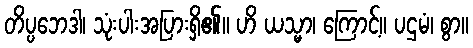
တိပ္ပဘေဒါ၊ သုံးပါးအပြားရှိ၏။ ဟိ ယသ္မာ၊ ကြောင့်။ ပဌမံ၊ စွာ။